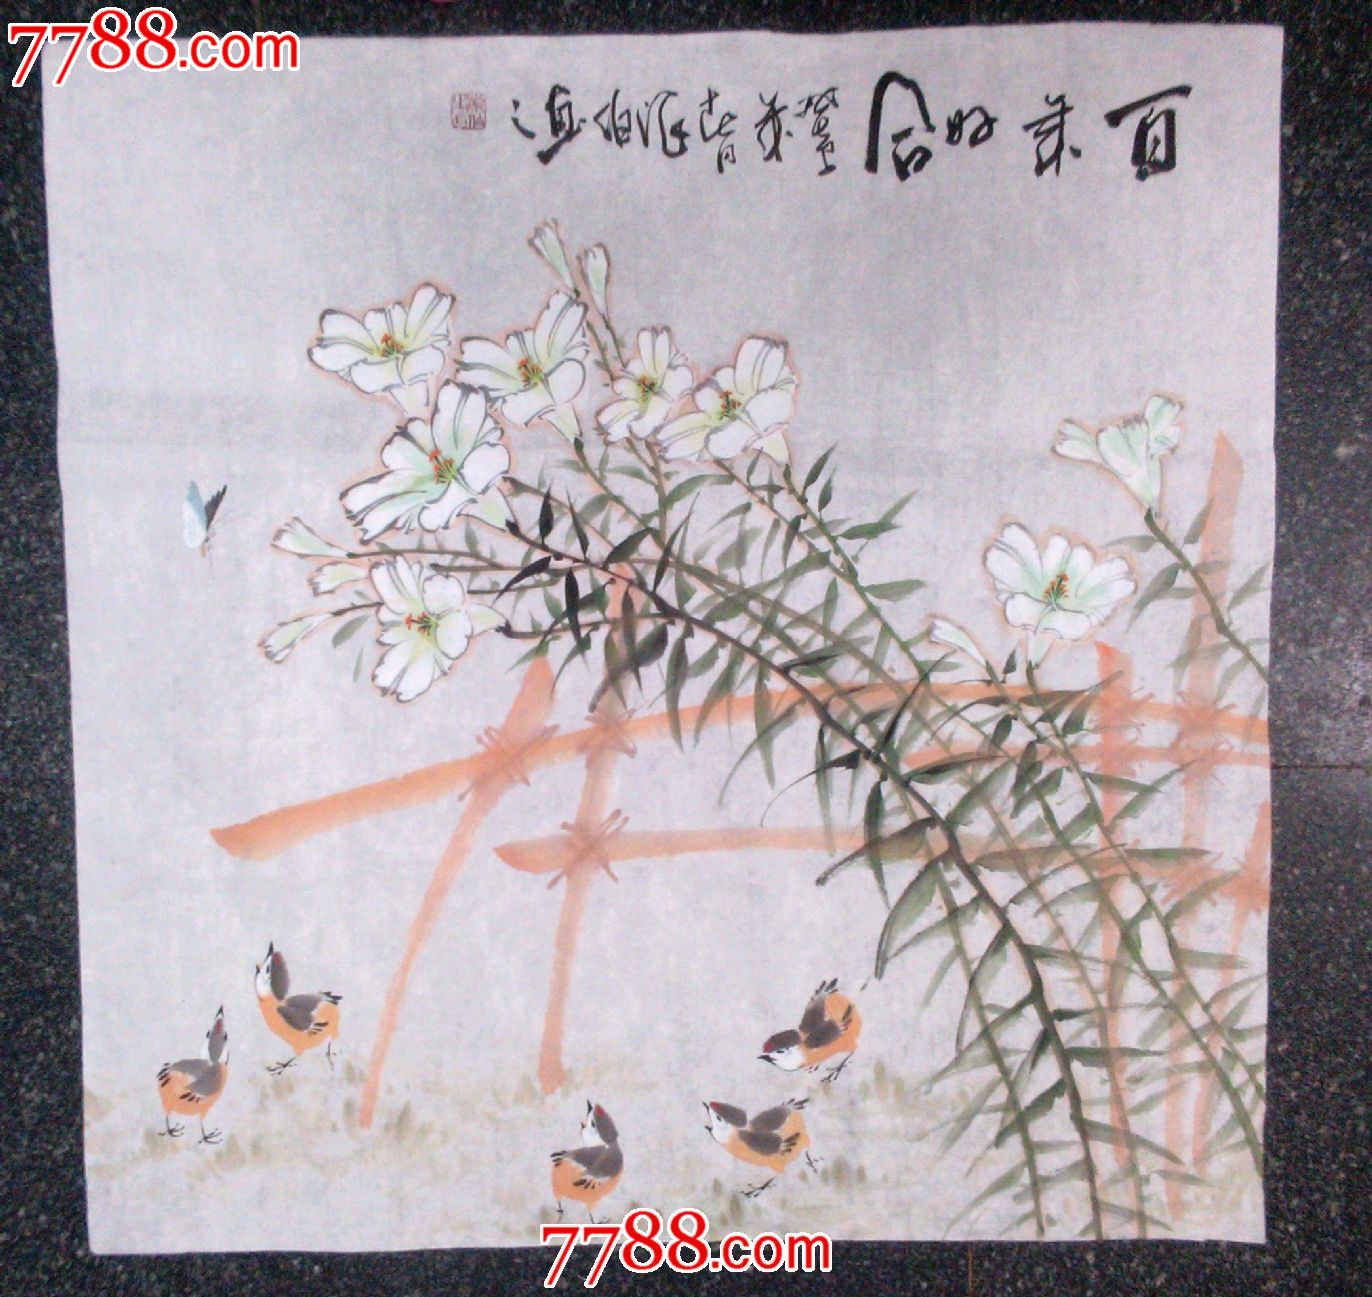
凭空怒浪兼天涌，不尽六朝声。